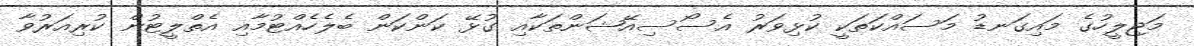
މަޖިލީހުގެ މައިގަނޑު މަސައްކަތަކީ ކުޅިވަރު އެސޯސިއޭޝަންތަކާއި ގުޅޭ ކަންކަން ބެލެހެއްޓުމާއި އެތްލީޓުން ކުރިއަރުވާ